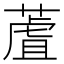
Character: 蔖